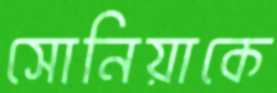
সোনিয়াকে